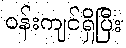
ဝန်းကျင်ရှိပြီး